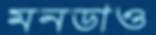
মনডাও